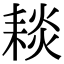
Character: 䎦